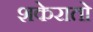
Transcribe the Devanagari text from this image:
शकेरातो